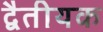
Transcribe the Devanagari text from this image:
द्वैतीयक